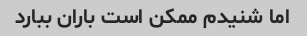
اما شنیدم ممکن است باران ببارد